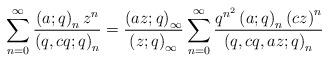
LaTeX: \begin{align*}\sum_{n=0}^{\infty}\frac{\left(a;q\right)_{n}z^{n}}{\left(q,cq;q\right)_{n}}=\frac{\left(az;q\right)_{\infty}}{\left(z;q\right)_{\infty}}\sum_{n=0}^{\infty}\frac{q^{n^{2}}\left(a;q\right)_{n}\left(cz\right)^{n}}{\left(q,cq,az;q\right)_{n}}\end{align*}